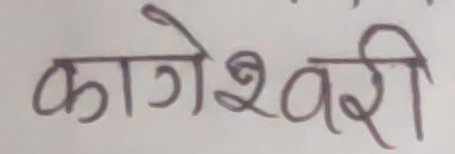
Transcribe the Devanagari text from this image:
कागेश्वरी